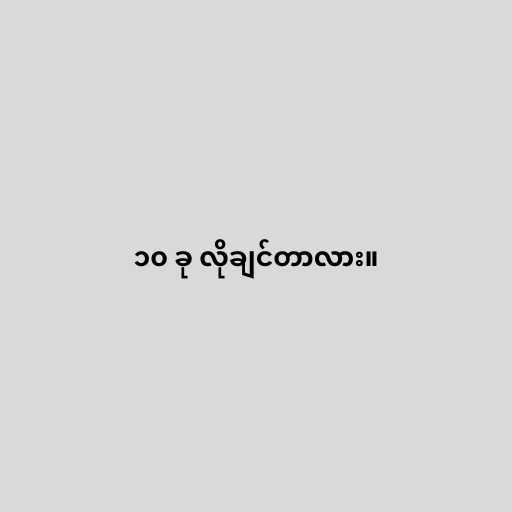
၁၀ ခု လိုချင်တာလား။